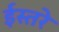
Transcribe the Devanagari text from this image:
ईस्तरे